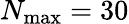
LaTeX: N_{\mathrm{max}}=30